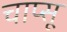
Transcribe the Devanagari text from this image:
चाप्सू